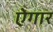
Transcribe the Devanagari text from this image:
ऐगार